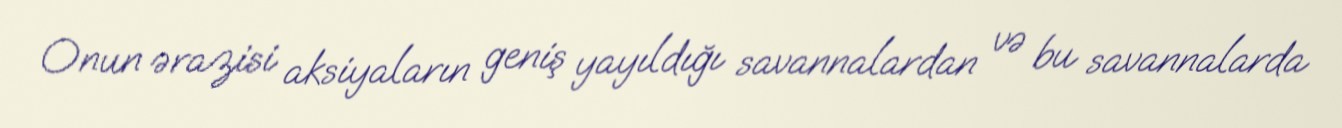
Onun ərazisi aksiyaların geniş yayıldığı savannalardan və bu savannalarda